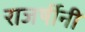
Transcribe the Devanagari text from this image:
राजर्षीनी